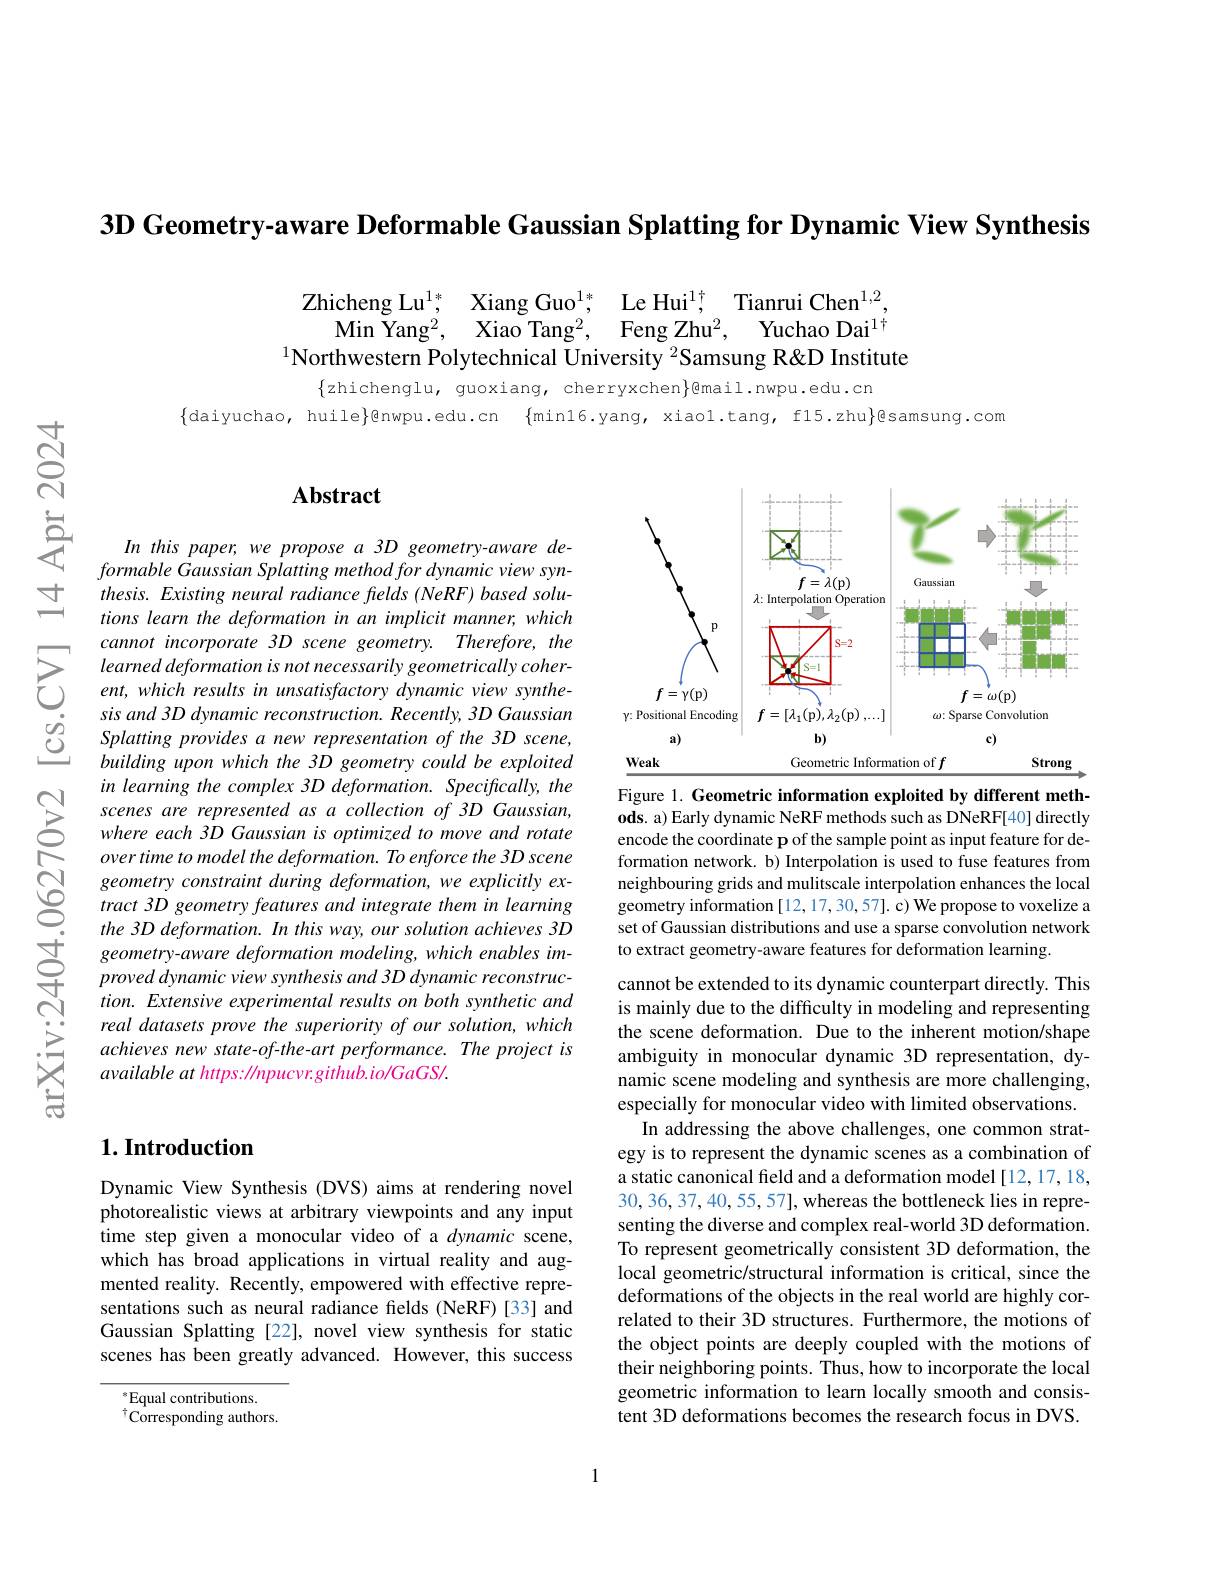
$3\textbf{D Geometry- aware Deformable Gaussian Splatting for Dynamic View Synthesis}$

$\begin{array}{cl}{\mathrm{Zhicheng~Lu}^{1*},}&{\mathrm{Xiang~Guo}^{1*},}&{\mathrm{Le~Hui}^{1\dagger},}\\{\mathrm{Min~Yang}^{2},}&{\mathrm{Xiao~Tang}^{2},}&{\mathrm{Feng~Zhu}^{2},}\end{array}$Tianrui Chen$^{1,2}$,Min Yang$^{2}$, Xiao Tang$^{2}$, Feng Zhu$^{2}$, Yuchao Dai$^{1\dagger}$
$^{1}$Northwestern Polytechnical University $^{2}$Samsung R&D Institute

$\{$zhichenglu, guoxiang, cherryxchen$\}$@mail.nwpu.edu.cn
$\{$daiyuchao, huile$\}$@nwpu.edu.cn $\{$minl6.yang, xiaol.tang, f15.zhu$\}$@samsung.com

## Abstract

In this paper, we propose a 3D geometry-aware de- $formable\textit{Gaussian Splatting method for dynamic view syn- }$ thesis. Existing neural radiance felds (NeRF) based solutions learn the deformation in an implicit manner, which cannot incorporate 3D scene geometry. Therefore, the learned deformation is not necessarily geometrically coherent, which results in unsatisfactory dynamic view synthesis and 3D dynamic reconstruction. Recently, 3D Gaussian Splatting provides a new representation of the 3D scene, building upon which the 3D geometry could be exploited in learning the complex 3D deformation. Specifically, the scenes are represented as a collection of 3D Gaussian, where each 3D Gaussian is optimized to move and rotate over time to model the deformation. To enforce the 3D scene geometry constraint during deformation, we explicitly extract 3D geometry features and integrate them in learning the 3D deformation. In this way, our solution achieves 3D
real datasets prove the superiority of our solution, which achieves new state-of-the-art performance. The project is available at https: //npucvr.github.io/GaGS/.

## $1. \textbf{Introduction}$

Dynamic View Synthesis (DVS) aims at rendering novel photorealistic views at arbitrary viewpoints and any input time step given a monocular video of a dynamic scene, which has broad applications in virtual reality and augmented reality. Recently, empowered with effective representations such as neural radiance fields (NeRF)[33] and Gaussian Splatting [22], novel view synthesis for static scenes has been greatly advanced. However, this success

$^*$Equal contributions.
$^{\dagger}\tilde{\mathrm{Corresponding~authors.}}$

<FigureHere>

Figure 1. Geometric information exploited by different methods. a) Early dynamic NeRF methods such as DNeRF[40] directly encode the coordinate p of the sample point as input feature for deformation network. b) Interpolation is used to fuse features from neighbouring grids and mulitscale interpolation enhances the local geometry information [12,17,30,57]. c) We propose to voxelize a set of Gaussian distributions and use a sparse convolution network

is mainly due to the difficulty in modeling and representing the scene deformation. Due to the inherent motion/shape ambiguity in monocular dynamic 3D representation, dynamic scene modeling and synthesis are more challenging, especially for monocular video with limited observations.
In addressing the above challenges, one common strategy is to represent the dynamic scenes as a combination of a static canonical field and a deformation model [12, 17, 18, 30, 36, 37, 40, 55, 57], whereas the bottleneck lies in representing the diverse and complex real-world 3D deformation. To represent geometrically consistent 3D deformation, the local geometric/structural information is critical, since the deformations of the objects in the real world are highly correlated to their 3D structures. Furthermore, the motions of the object points are deeply coupled with the motions of their neighboring points. Thus, how to incorporate the local geometric information to learn locally smooth and consistent 3D deformations becomes the research focus in DVS.

1